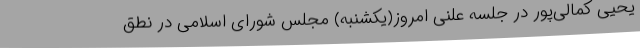
یحیی کمالی‌پور در جلسه علنی امروز(یکشنبه) مجلس شورای اسلامی در نطق